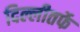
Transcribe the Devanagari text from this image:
दिल्लीतर्फे